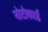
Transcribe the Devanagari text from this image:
नोटोकार्ड